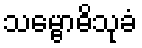
သမ္ဗောဓိသုခံ